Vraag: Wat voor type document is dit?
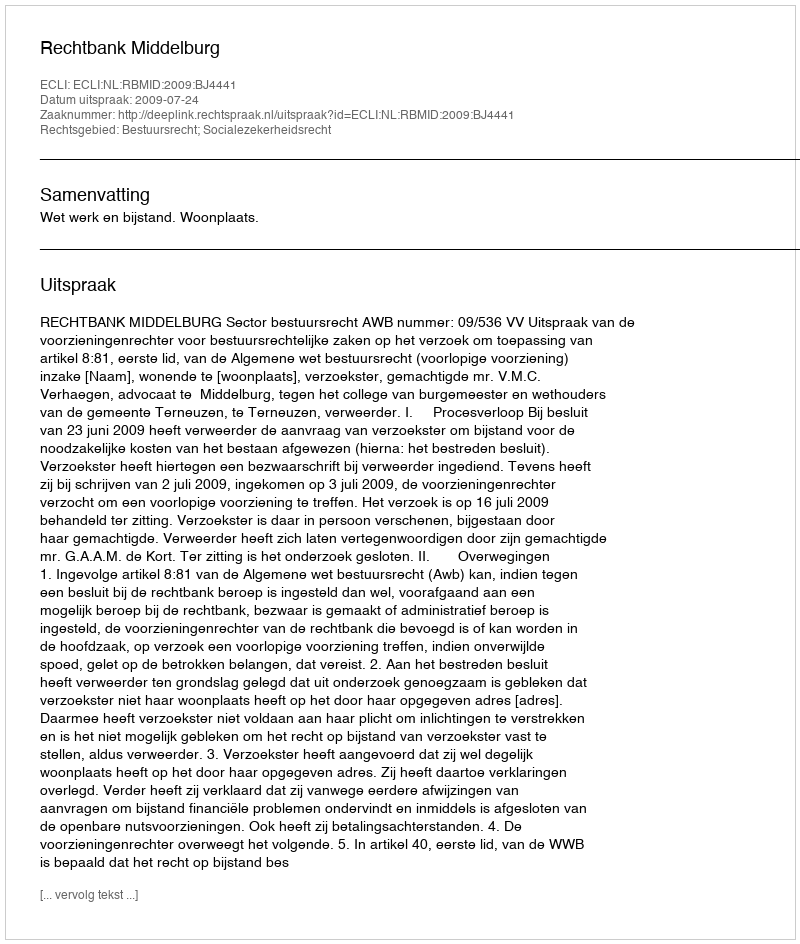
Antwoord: Uitspraak